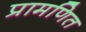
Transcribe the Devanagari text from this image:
प्रामणित